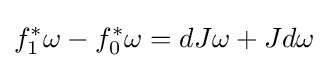
f_{1}^{*}\omega -f_{0}^{*}\omega =dJ\omega +Jd\omega